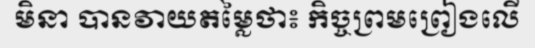
មិនា បានវាយតម្លៃថា៖ កិច្ចព្រមព្រៀងលើ